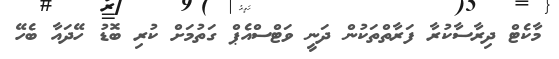
މާކެޓް ދިރާސާކުރާ ފަރާތްތަކުން ދަނީ ވަޓްސްއެޕް ގަތުމަށް ކުރި ބޮޑު ހޭދައާ ބެހޭ